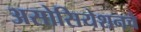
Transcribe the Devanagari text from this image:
असोसियेशनचे